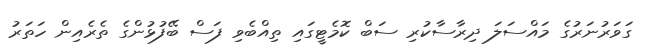
ގަވަރުނަރުގެ މައްސަލަ ދިރާސާކުރި ސަބް ކޮމެޓީގައި ތިއްބެވި ފަސް ބޭފުޅުންގެ ތެރެއިން ހަތަރު